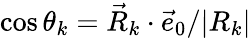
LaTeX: \cos\theta_{k}=\vec{R}_{k}\cdot\vec{e}_{0}/|R_{k}|